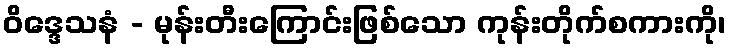
ဝိဒ္ဒေသနံ - မုန်းတီးကြောင်းဖြစ်သော ကုန်းတိုက်စကားကို၊